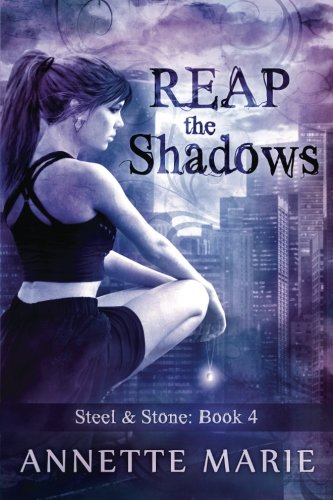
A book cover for Reap the Shadows (Steel & Stone) (Volume 4); Annette Marie; Science Fiction & Fantasy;